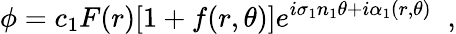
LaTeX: \phi=c_{1}F(r)[1+f(r,\theta)]e^{i\sigma_{1}n_{1}\theta+i\alpha_{1}(r,\theta)}\; \; ,